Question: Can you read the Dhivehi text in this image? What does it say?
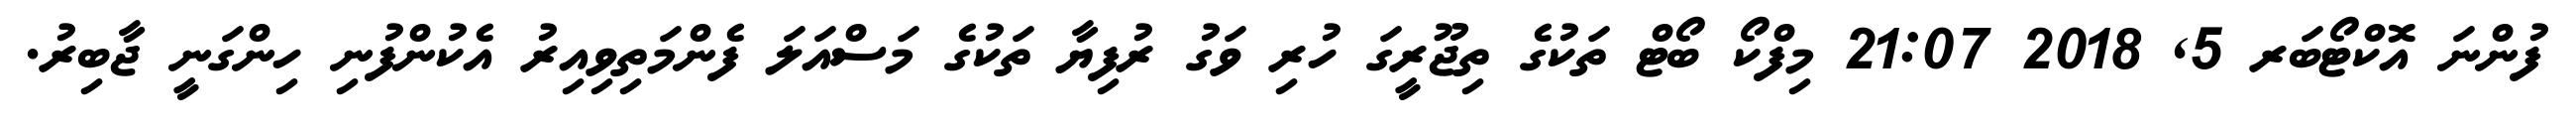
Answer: ފުންނަ އޮކްޓޯބަރ 5, 2018 21:07 މިފްކޯ ބޯޓް ތަކުގެ ތިޖޫރީގަ ހުރި ވަގު ރުފިޔާ ތަކުގެ މަސްއަލަ ފެންމަތިވިއިރު އެކުންފުނި ހިންގަނީ ޖާބިރު.